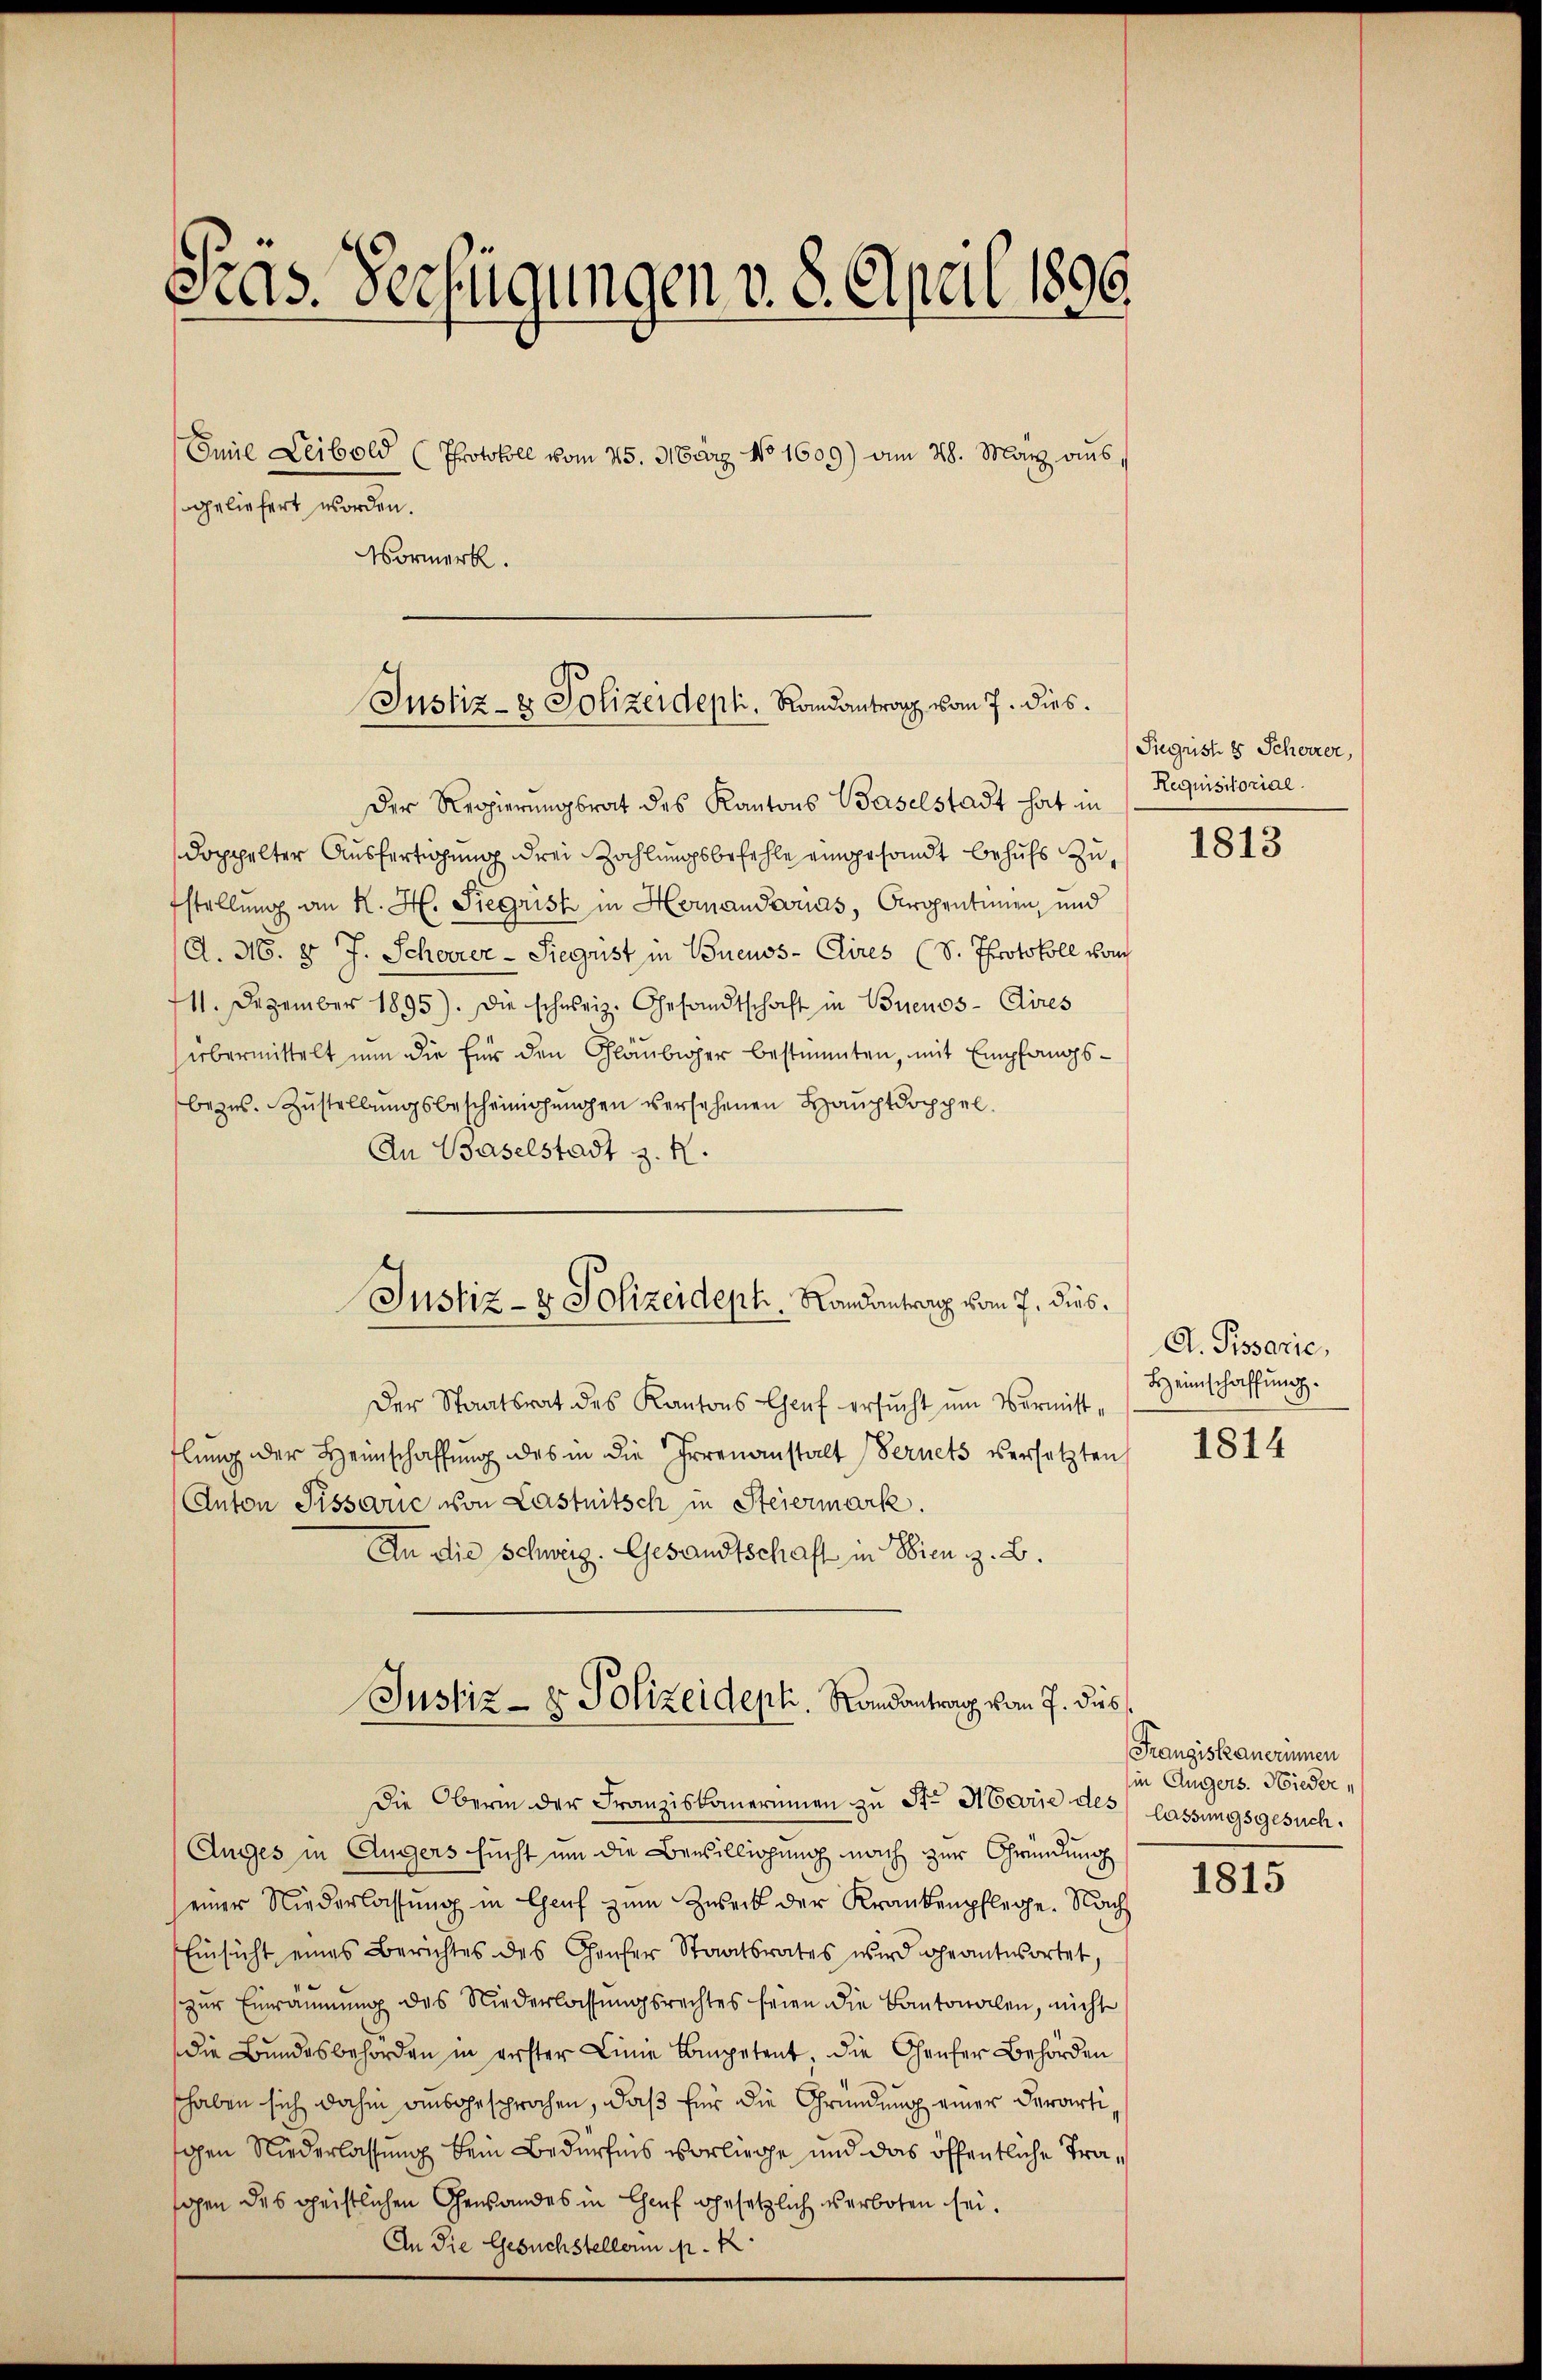
Gras. Verfügungen v. 8. April 1896

Emil Leibold (Protokoll vom 25. März No 1609) am 28. März aus,
geliefert worden.

Vormerk.

Justiz- & Polizeidept, Randantrag vom 7. dies

Der Regierungsrat des Kantons Baselstadt hat in
doppelter Ausfertigung drei Zahlungsbefehle eingesandt behufs zufstellung an K. H. Siegrist in Hernandens, Cropentimen, und
A. N. 8 J. Scharer-Siegrist in Buenos-Aires (S. Protokoll vom
111. Dezember 1895). Die schweiz. Gesandtschaft in Buenos-Aires
übermittelt nun die für den Gläubiger bestimmten, mit Empfangsbezŭs. Zŭstellŭngsbescheinigungen versehenen Haŭptdoppel.
An Baselstadt z. R.
Der Staatsrat des Kantons-Chef ersucht um Vermittflung der Heimschaffung des in die Irrenanstalt (Vernets versetzten
Anton Pissouc von Lastnitsch in Steiermark.
An die Schweiz. Gesandtschaft in Wien z. B.
Justiz- & Polizeideph. Randantrag vom 7. dies
Die Oberin der Franziskanerinnen zu St. Abevue des lassungsgesuch¬
Auges in Augers sucht um die Bewilligung nach zur Gründung
einer Niederlassŭng in Haŭf zŭm Zweck der Krankenpflege. Nach
Einsicht eines Berichtes des Geser Staatsrates wird geantwortet
zur Einräumung des Niederlassungsrechtes seien die Cantonalen, nicht
die Bundesbehörden in erster Linie kompetent, die Chenher Behörden
shaben sich dahin ausgesprochen, daß für die Gründung einer derartigen Niederlassung kein Bedürfnis vorliege und das öffentliche Traschen des geistlichen Gewandes in Chef gesetzlich verboten sei.
An die Gesuchsteller p. K

Justiz- & Polizeideph. Landantrag vom 7. dies

Siegrist 8 Schöner,
Requisitorial.

1813

A. Pissarie,
Heinschaffung.

1814

Franziskanerinnen
in Angers. Hieder,

1815